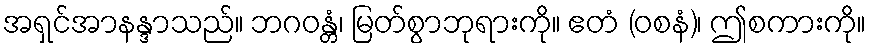
အရှင်အာနန္ဒာသည်။ ဘဂဝန္တံ၊ မြတ်စွာဘုရားကို။ ဧတံ (ဝစနံ)၊ ဤစကားကို။